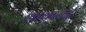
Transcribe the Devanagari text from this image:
शाकराई